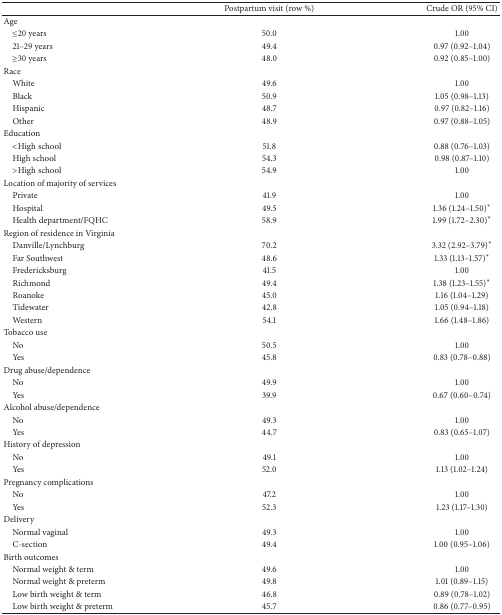
<table><thead><tr><td><b> </b></td><td><b>Postpartum visit (row %)</b></td><td><b>Crude OR (95% CI)</b></td></tr></thead><tbody><tr><td>Age</td><td> </td><td> </td></tr><tr><td> ≤20 years</td><td>50.0</td><td>1.00</td></tr><tr><td> 21–29 years</td><td>49.4</td><td>0.97 (0.92–1.04)</td></tr><tr><td> ≥30 years</td><td>48.0</td><td>0.92 (0.85–1.00)</td></tr><tr><td>Race</td><td> </td><td> </td></tr><tr><td> White</td><td>49.6</td><td>1.00</td></tr><tr><td> Black</td><td>50.9</td><td>1.05 (0.98–1.13)</td></tr><tr><td> Hispanic</td><td>48.7</td><td>0.97 (0.82–1.16)</td></tr><tr><td> Other</td><td>48.9</td><td>0.97 (0.88–1.05)</td></tr><tr><td>Education</td><td> </td><td> </td></tr><tr><td> &lt;High school</td><td>51.8</td><td>0.88 (0.76–1.03)</td></tr><tr><td> High school</td><td>54.3</td><td>0.98 (0.87–1.10)</td></tr><tr><td> &gt;High school</td><td>54.9</td><td>1.00</td></tr><tr><td>Location of majority of services</td><td> </td><td> </td></tr><tr><td> Private</td><td>41.9</td><td>1.00</td></tr><tr><td> Hospital</td><td>49.5</td><td>1.36 (1.24–1.50)<sup><i>∗</i></sup></td></tr><tr><td> Health department/FQHC</td><td>58.9</td><td>1.99 (1.72–2.30)<sup><i>∗</i></sup></td></tr><tr><td>Region of residence in Virginia</td><td> </td><td> </td></tr><tr><td> Danville/Lynchburg</td><td>70.2</td><td>3.32 (2.92–3.79)<sup><i>∗</i></sup></td></tr><tr><td> Far Southwest</td><td>48.6</td><td>1.33 (1.13–1.57)<sup><i>∗</i></sup></td></tr><tr><td> Fredericksburg</td><td>41.5</td><td>1.00</td></tr><tr><td> Richmond</td><td>49.4</td><td>1.38 (1.23–1.55)<sup><i>∗</i></sup></td></tr><tr><td> Roanoke</td><td>45.0</td><td>1.16 (1.04–1.29)</td></tr><tr><td> Tidewater</td><td>42.8</td><td>1.05 (0.94–1.18)</td></tr><tr><td> Western</td><td>54.1</td><td>1.66 (1.48–1.86)</td></tr><tr><td>Tobacco use</td><td> </td><td> </td></tr><tr><td> No</td><td>50.5</td><td>1.00</td></tr><tr><td> Yes</td><td>45.8</td><td>0.83 (0.78–0.88)</td></tr><tr><td>Drug abuse/dependence</td><td> </td><td> </td></tr><tr><td> No</td><td>49.9</td><td>1.00</td></tr><tr><td> Yes</td><td>39.9</td><td>0.67 (0.60–0.74)</td></tr><tr><td>Alcohol abuse/dependence</td><td> </td><td> </td></tr><tr><td> No</td><td>49.3</td><td>1.00</td></tr><tr><td> Yes</td><td>44.7</td><td>0.83 (0.65–1.07)</td></tr><tr><td>History of depression</td><td> </td><td> </td></tr><tr><td> No</td><td>49.1</td><td>1.00</td></tr><tr><td> Yes</td><td>52.0</td><td>1.13 (1.02–1.24)</td></tr><tr><td>Pregnancy complications</td><td> </td><td> </td></tr><tr><td> No</td><td>47.2</td><td>1.00</td></tr><tr><td> Yes</td><td>52.3</td><td>1.23 (1.17–1.30)</td></tr><tr><td>Delivery</td><td> </td><td> </td></tr><tr><td> Normal vaginal</td><td>49.3</td><td>1.00</td></tr><tr><td> C-section</td><td>49.4</td><td>1.00 (0.95–1.06)</td></tr><tr><td>Birth outcomes</td><td> </td><td> </td></tr><tr><td> Normal weight &amp; term</td><td>49.6</td><td>1.00</td></tr><tr><td> Normal weight &amp; preterm</td><td>49.8</td><td>1.01 (0.89–1.15)</td></tr><tr><td> Low birth weight &amp; term</td><td>46.8</td><td>0.89 (0.78–1.02)</td></tr><tr><td> Low birth weight &amp; preterm</td><td>45.7</td><td>0.86 (0.77–0.95)</td></tr></tbody></table>